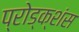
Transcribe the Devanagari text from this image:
प्रोड्क्शंस